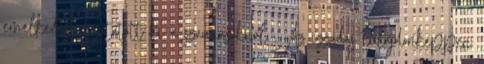
emelkedést mutatott ki a szaunázóknál . Az izzadás tulajdonképpen